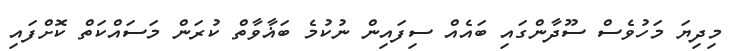
މިދިޔަ މަހުވެސް ސޫދާންގައި ބައެއް ސިފައިން ނުކުމެ ބަޣާވާތް ކުރަން މަސައްކަތް ކޮށްފައި